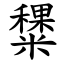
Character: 䊬